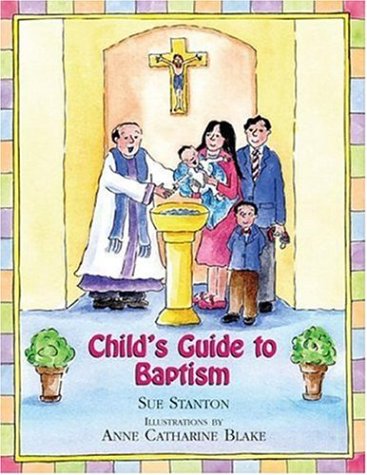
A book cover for Child's Guide to Baptism; Sue Stanton; Children's Books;